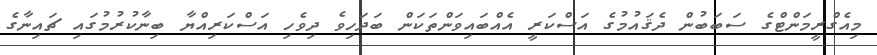
މިއެގްރީމަންޓްގެ ސަބަބުން ދެޤައުމުގެ އަސްކަރީ އެއްބައިވަންތަކަން ބަދަހިވެ ދިވެހި އަސްކަރިއްޔާ ބިނާކުރުމުގައި ޗައިނާގެ